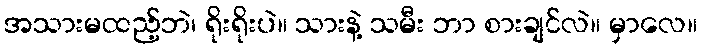
အသားမထည့်ဘဲ၊ ရိုးရိုးပဲ။ သားနဲ့ သမီး ဘာ စားချင်လဲ။ မှာလေ။